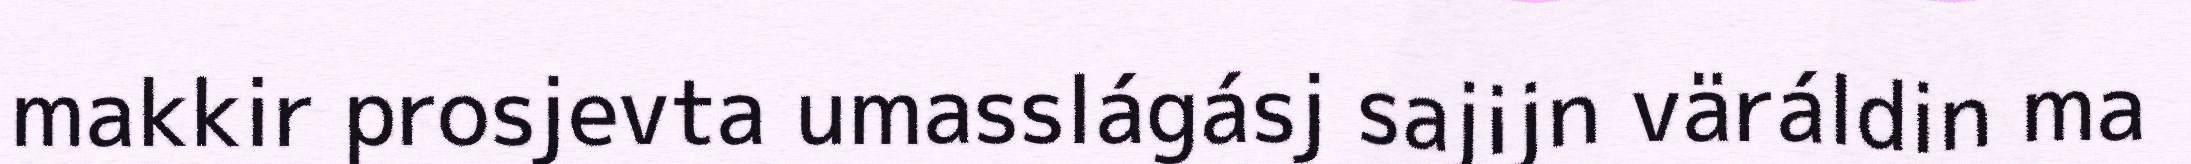
makkir prosjevta umasslágásj sajijn väráldin ma